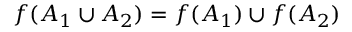
f ( A _ { 1 } \cup A _ { 2 } ) = f ( A _ { 1 } ) \cup f ( A _ { 2 } )